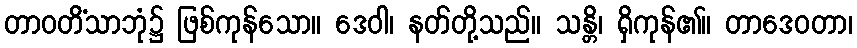
တာဝတိံသာဘုံ၌ ဖြစ်ကုန်သော။ ဒေဝါ၊ နတ်တို့သည်။ သန္တိ၊ ရှိကုန်၏။ တာဒေဝတာ၊